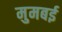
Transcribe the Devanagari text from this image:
मुमबई